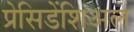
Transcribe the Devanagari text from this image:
प्रेसिडेंशिअल